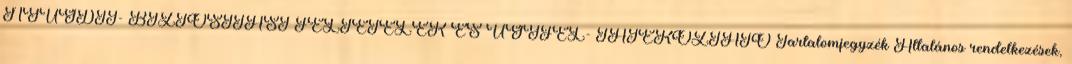
NYUGDÍJ- BIZTOSÍTÁSI FELTÉTELEK ÉS ÜGYFÉL- TÁJÉKOZTATÓ Tartalomjegyzék Általános rendelkezések,